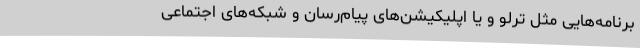
برنامه‌هایی مثل ترلو و یا اپلیکیشن‌های پیام‌رسان و شبکه‌های اجتماعی